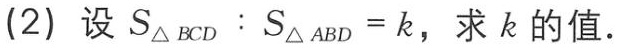
(2) 设 \(S_{\triangle BCD}:S_{\triangle ABD}=k\)，求 \(k\) 的值.